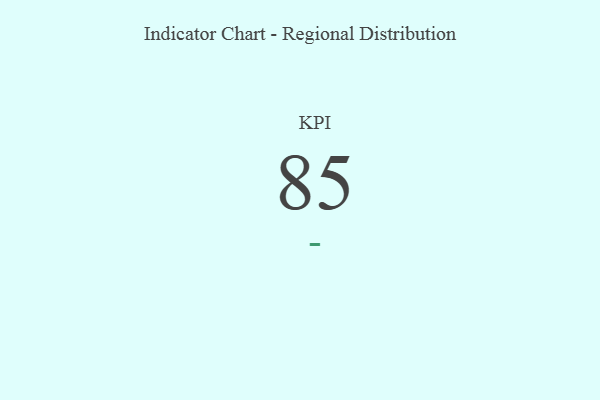
{"axis": {"x": "KPI", "y": "Value"}, "legend": [""], "data": [{"x": "KPI", "y": 85, "type": ""}]}